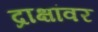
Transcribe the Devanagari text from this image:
द्राक्षांवर